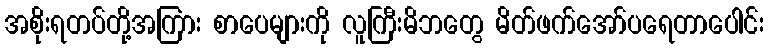
အစိုးရတပ်တို့အကြား စာပေများကို လူကြီးမိဘတွေ မိတ်ဖက်အော်ပရေတာပေါင်း